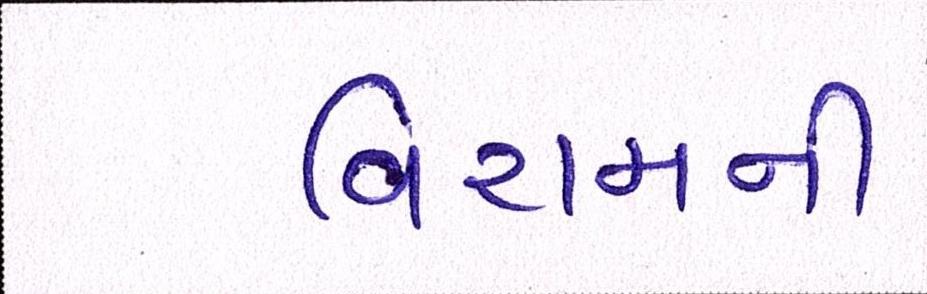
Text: વિરામની